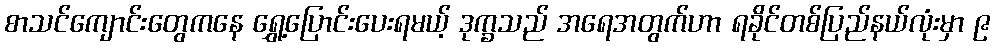
စာသင်ကျောင်းတွေကနေ ရွှေ့ပြောင်းပေးရမယ့် ဒုက္ခသည် အရေအတွက်ဟာ ရခိုင်တစ်ပြည်နယ်လုံးမှာ ၉